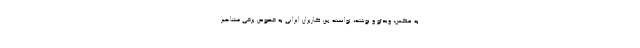
به عکس، ویدئو و نوشته، توانسته بین کاربران ایرانی به خصوص برخی مشاهیر